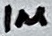
Text: 1µ